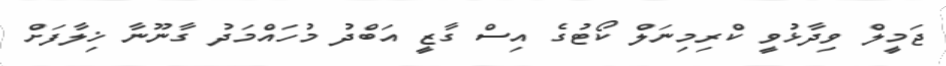
ޖަމީލް ވިދާޅުވީ ކްރިމިނަލް ކޯޓުގެ އިސް ގާޒީ އަބްދު މުހައްމަދު ގާނޫނާ ޚިލާފަށް